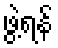
ဖွဲ့ရန်